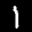
Label: 1